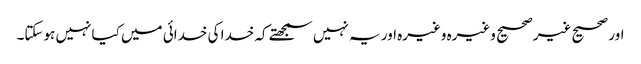
اور صحیح غیرصحیح وغیرہ وغیرہ اور یہ نہیں سمجھتے کہ خدا کی خدائی میں کیا نہیں ہوسکتا۔